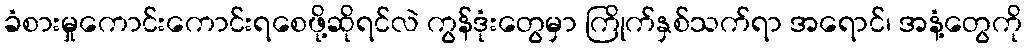
ခံစားမှုကောင်းကောင်းရစေဖို့ဆိုရင်လဲ ကွန်ဒုံးတွေမှာ ကြိုက်နှစ်သက်ရာ အရောင်၊ အနံ့တွေကို